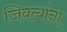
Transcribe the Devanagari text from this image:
जिवत्यांना